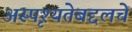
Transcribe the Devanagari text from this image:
अस्पृश्यतेबद्दलचे